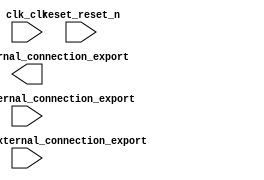

module lab1_qsys (
	clk_clk,
	pioleds_external_connection_export,
	piopushbutton_external_connection_export,
	pioswitch_external_connection_export,
	reset_reset_n);	

	input		clk_clk;
	output	[9:0]	pioleds_external_connection_export;
	input		piopushbutton_external_connection_export;
	input	[3:0]	pioswitch_external_connection_export;
	input		reset_reset_n;
endmodule